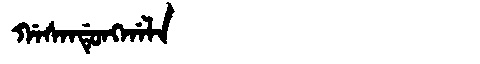
Manchu: ᡤᠠᠰᠠᠨᡩᡠᠩᡤᠠᠯᠠ
Romanization: GASANDUNGGALA